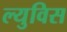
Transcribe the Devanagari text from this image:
ल्युविस